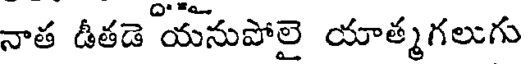
నాత డీతడె యనుపోలై యాత్మగలుగు